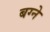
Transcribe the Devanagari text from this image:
बग्ने